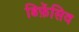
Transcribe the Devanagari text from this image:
डिफ़ेंसिव